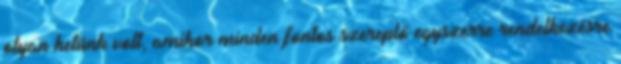
olyan hetünk volt, amikor minden fontos szereplő egyszerre rendelkezésre